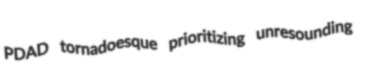
PDAD tornadoesque prioritizing unresounding